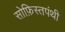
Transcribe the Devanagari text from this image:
सोफ़िस्तपंथी